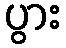
ပွား